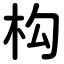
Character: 构